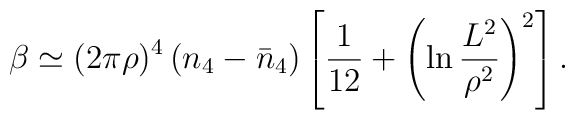
\beta\simeq(2\pi\rho)^4\left(n_4-\bar n_4\right)\left[\frac{1}{12}+\left(\ln\frac{L^2}{\rho^2}\right)^2\right].